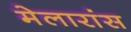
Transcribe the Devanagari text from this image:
मेलारांस